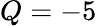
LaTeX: Q=-5